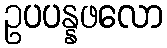
ဥပပန္နဖလော